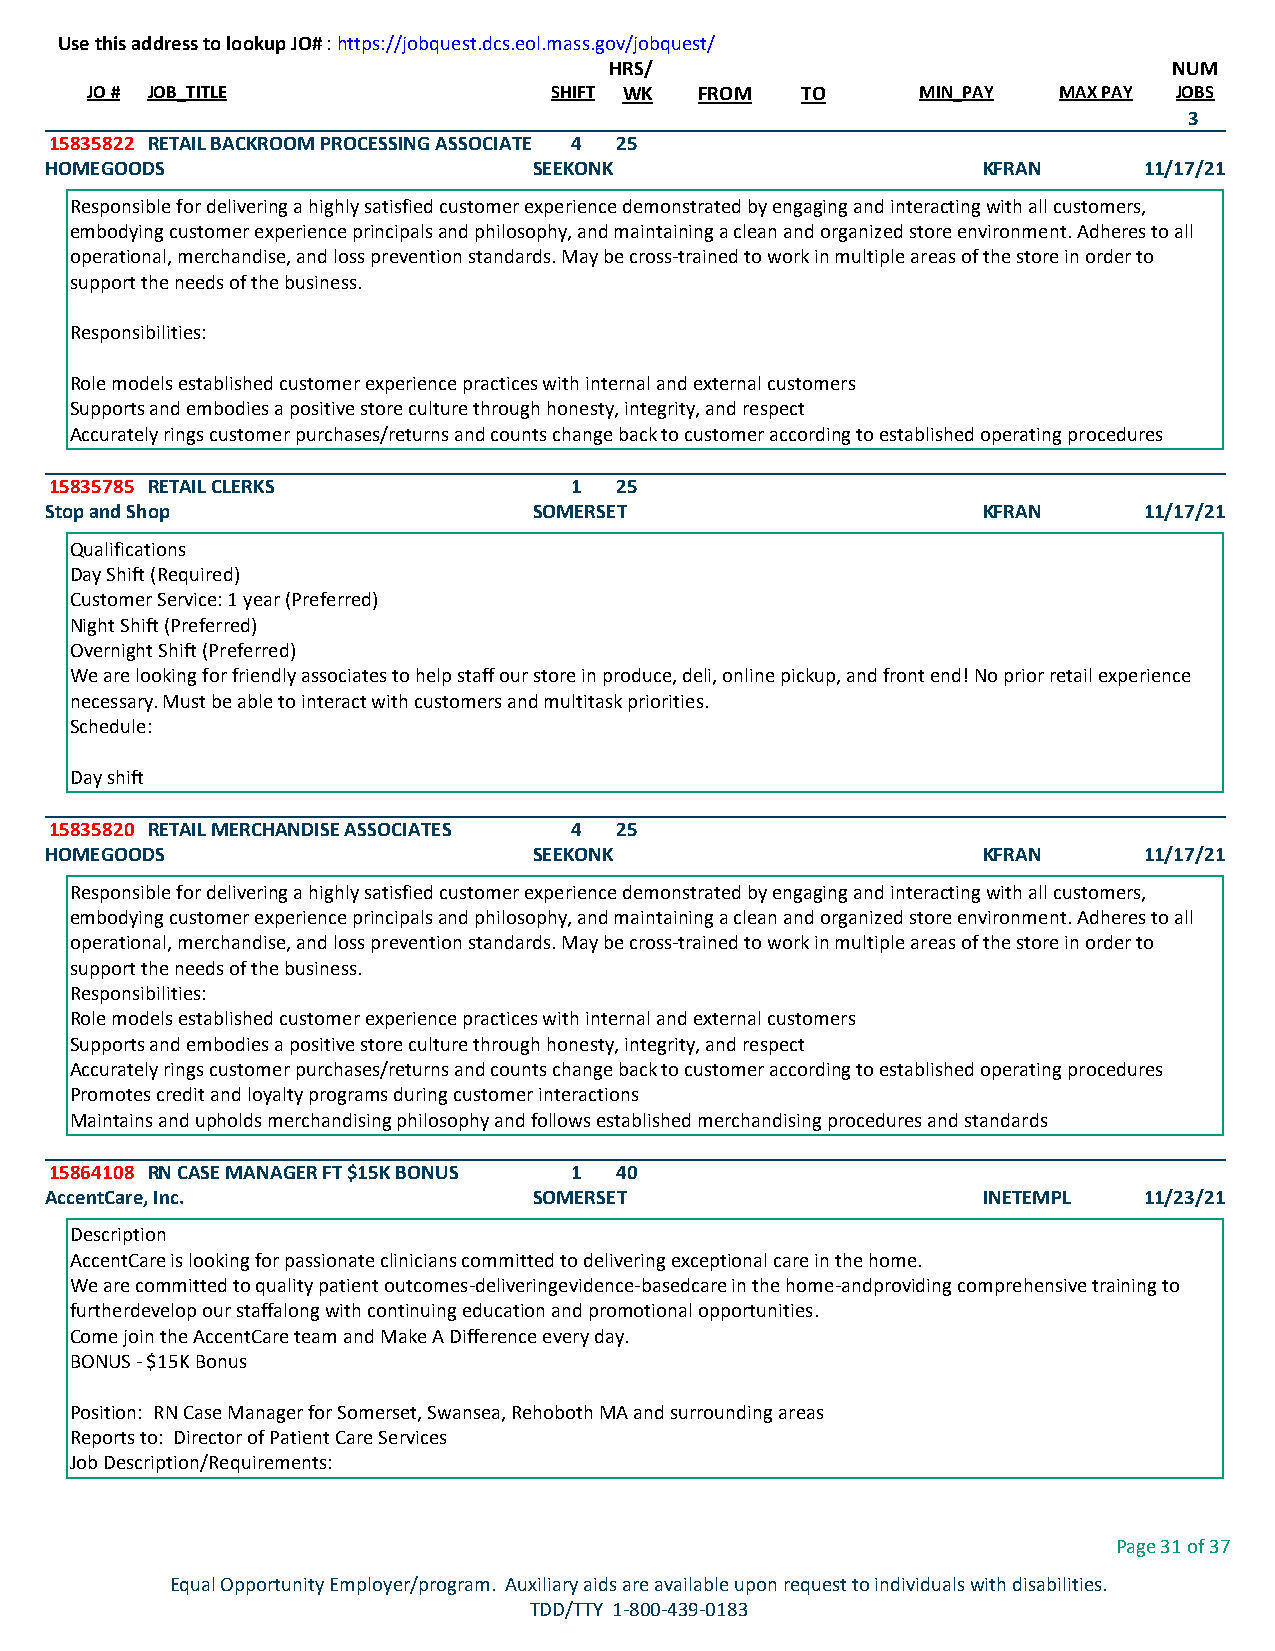
Use this address to lookup JO# : https://jobquest.dcs.eol.mass.gov/jobquest/
 HRS/                                  NUM
 JO # JOB_TITLE                 SHIFT WK FROM   TO      MIN_PAY  MAX PAY JOBS
 3
 15835822 RETAIL BACKROOM PROCESSING ASSOCIATE 4 25
 HOMEGOODS                       SEEKONK                       KFRAN      11/17/21
 Responsible for delivering a highly satisfied customer experience demonstrated by engaging and interacting with all customers,
 embodying customer experience principals and philosophy, and maintaining a clean and organized store environment. Adheres to all
 operational, merchandise, and loss prevention standards. May be cross-trained to work in multiple areas of the store in order to
 support the needs of the business.
 Responsibilities:
 Role models established customer experience practices with internal and external customers
 Supports and embodies a positive store culture through honesty, integrity, and respect
 Accurately rings customer purchases/returns and counts change back to customer according to established operating procedures
 15835785 RETAIL CLERKS             1  25
 Stop and Shop                   SOMERSET                      KFRAN      11/17/21
 Qualifications
 Day Shift (Required)
 Customer Service: 1 year (Preferred)
 Night Shift (Preferred)
 Overnight Shift (Preferred)
 We are looking for friendly associates to help staff our store in produce, deli, online pickup, and front end! No prior retail experience
 necessary. Must be able to interact with customers and multitask priorities.
 Schedule:
 Day shift
 15835820 RETAIL MERCHANDISE ASSOCIATES 4 25
 HOMEGOODS                       SEEKONK                       KFRAN      11/17/21
 Responsible for delivering a highly satisfied customer experience demonstrated by engaging and interacting with all customers,
 embodying customer experience principals and philosophy, and maintaining a clean and organized store environment. Adheres to all
 operational, merchandise, and loss prevention standards. May be cross-trained to work in multiple areas of the store in order to
 support the needs of the business.
 Responsibilities:
 Role models established customer experience practices with internal and external customers
 Supports and embodies a positive store culture through honesty, integrity, and respect
 Accurately rings customer purchases/returns and counts change back to customer according to established operating procedures
 Promotes credit and loyalty programs during customer interactions
 Maintains and upholds merchandising philosophy and follows established merchandising procedures and standards
 15864108 RN CASE MANAGER FT $15K BONUS 1 40
 AccentCare, Inc.                SOMERSET                      INETEMPL   11/23/21
 Description
 AccentCare is looking for passionate clinicians committed to delivering exceptional care in the home.
 We are committed to quality patient outcomes-deliveringevidence-basedcare in the home-andproviding comprehensive training to
 furtherdevelop our staffalong with continuing education and promotional opportunities.
 Come join the AccentCare team and Make A Difference every day.
 BONUS - $15K Bonus
 Position: RN Case Manager for Somerset, Swansea, Rehoboth MA and surrounding areas
 Reports to: Director of Patient Care Services
 Job Description/Requirements:
 Page 31 of 37
 Equal Opportunity Employer/program. Auxiliary aids are available upon request to individuals with disabilities.
 TDD/TTY 1-800-439-0183